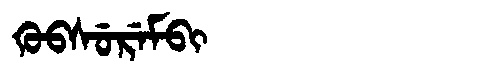
Manchu: ᡴᡠᠪᠰᡠᡵᡝᠮᠪᡳ
Romanization: KUBSUREMBI